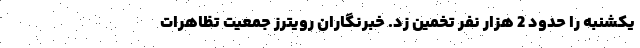
یکشنبه را حدود 2 هزار نفر تخمین زد. خبرنگاران رویترز جمعیت تظاهرات